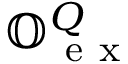
\mathbb { O } _ { \mathrm { ~ e ~ x ~ } } ^ { Q }